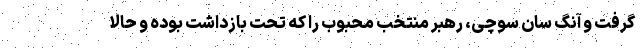
گرفت و آنگ سان سوچی، رهبر منتخب محبوب را که تحت بازداشت بوده و حالا